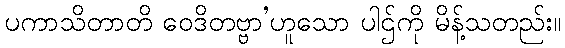
ပကာသိတာတိ ဝေဒိတဗ္ဗာ’ဟူသော ပါဌ်ကို မိန့်သတည်း။